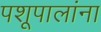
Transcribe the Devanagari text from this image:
पशूपालांना